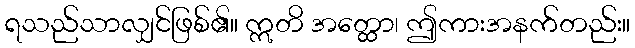
ရသည်သာလျှင်ဖြစ်၏။ ဣတိ အတ္ထော၊ ဤကားအနက်တည်း။